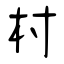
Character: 村